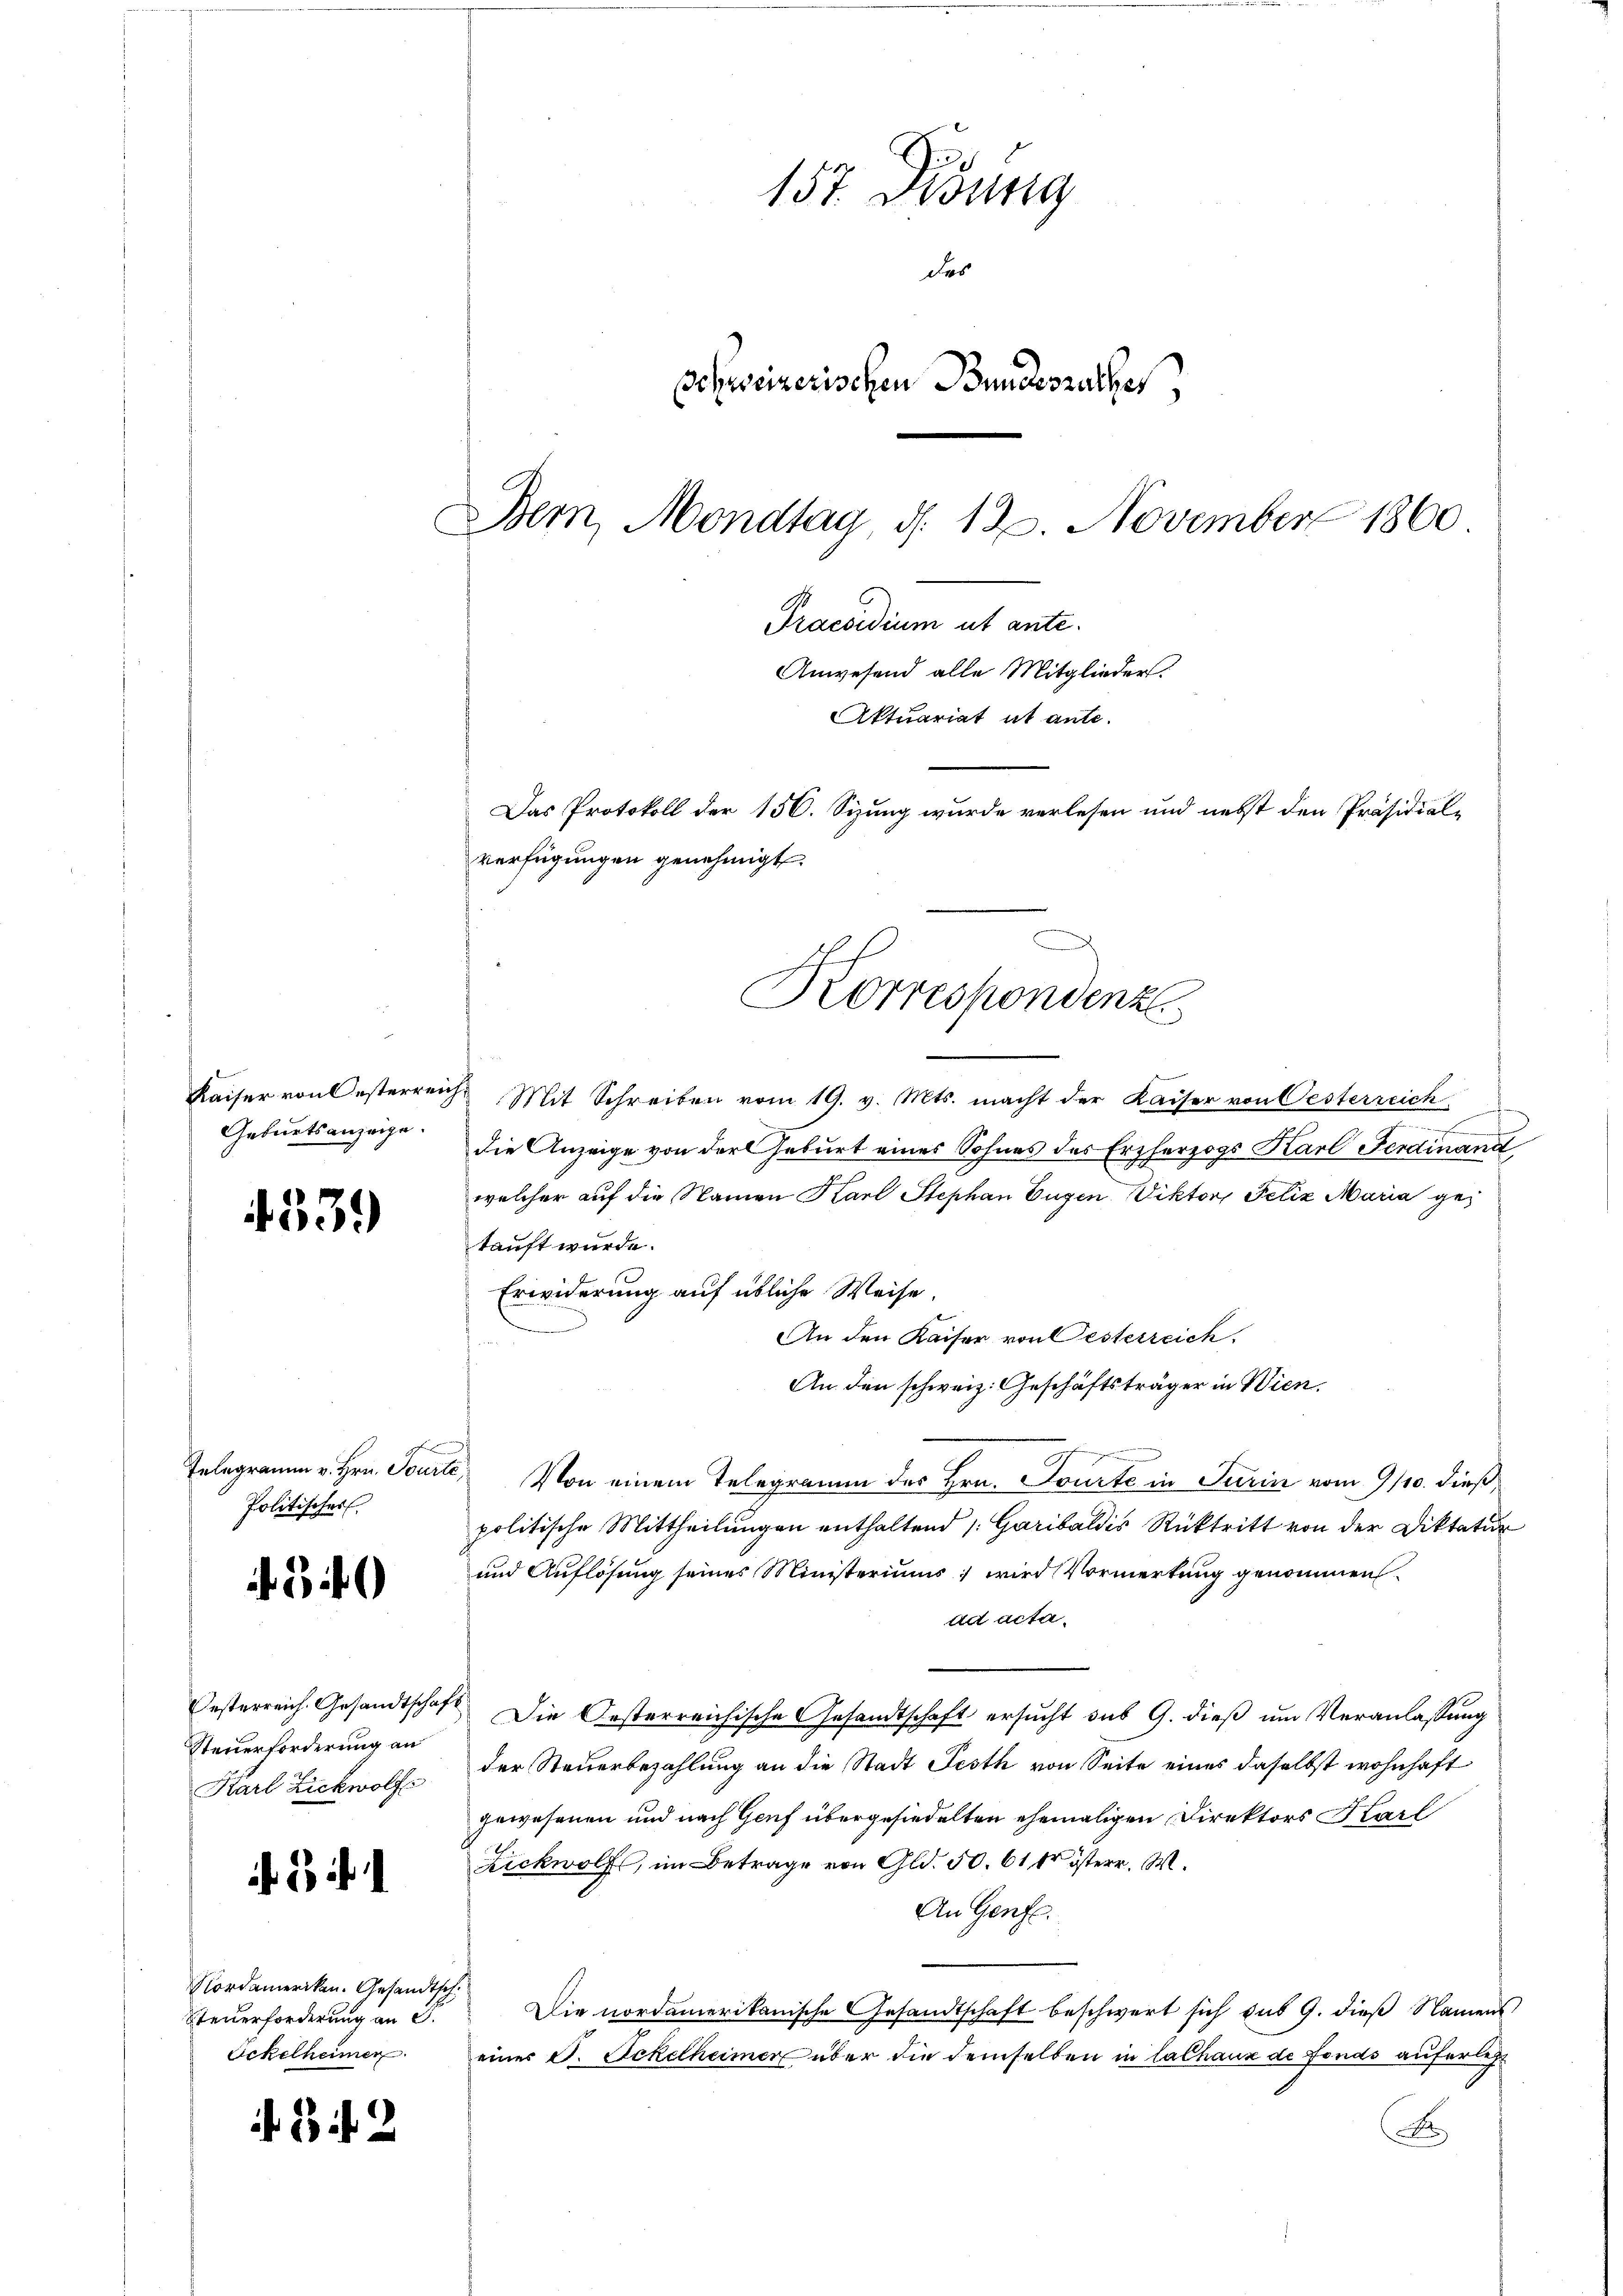
Kaiser von Oesterre
Geburtsanzeige.

4339

Telegramm v. Hrn. Tourte,
Politischer

2)

Oesterreich. Gesandtschaf
Steuerforderung an
Karl Zickwolfs

Nordameriken. Gesandtsch
Steuerforderung an S.
Eckelheimen

2

2

157. Didung
des
schweizerischen Bundesrathes,
Bem, Mondtag, d. 12. November 1860
Praesidium ut ante.
Anwesend alle Mitglieder.
Aktuariat ut ante.
Das Protokoll der 156. Sizung wurde verlesen und nebst den Präsidial-
verfügungen genehmigt.

1 Mit Schreiben vom 19. v. Mts. macht der Kaiser von Oesterreich
die Anzeige von der Geburt eines Sohnes des Erzherzogs Karl Ferdinand
welcher auf die Namen Karl Stephan Eugen Viktor, Felix Maria getauft wurde.
Erwiderung auf übliche Weise.
An den Kaiser von Oesterreich
An den schweiz. Geschäftsträger in Wien.
Von einem Telegramm des Hrn. Tourte in Turin vom 9/10. dieß,
politische Mittheilungen enthaltend /:Garibaldis Rücktritt von der Diktatur
und Auflösung seines Ministeriums, wird Vormerkung genommen.
ad acta.
Die Oesterreichische Gesandtschaft ersucht sub 9. dieß um Veranlassung
der Steuerbezahlung an die Stadt Festh von Seite eines daselbst wohnhaft
gewesenen und nach Genf übergesiedelten ehemaligen Direktors Karl
Zickwolf, im Betrage von Gld. 50. 61 fr österr. W.
An Genf.
Die nordamerikanische Gesandtschaft beschwert sich sub 9. dieß Namens
einer S. Eckelheimer über die demselben in lalhaus de fonds auferlest
A

Korrespondenz